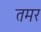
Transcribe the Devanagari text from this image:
तमर